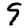
Digit: 9